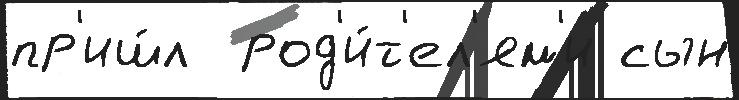
пр'иш́л  род'и́т'ел'ям'и сын